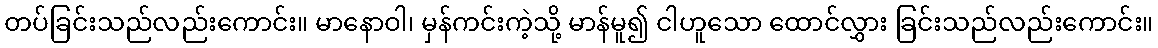
တပ်ခြင်းသည်လည်းကောင်း။ မာနောဝါ၊ မှန်ကင်းကဲ့သို့ မာန်မူ၍ ငါဟူသော ထောင်လွှား ခြင်းသည်လည်းကောင်း။